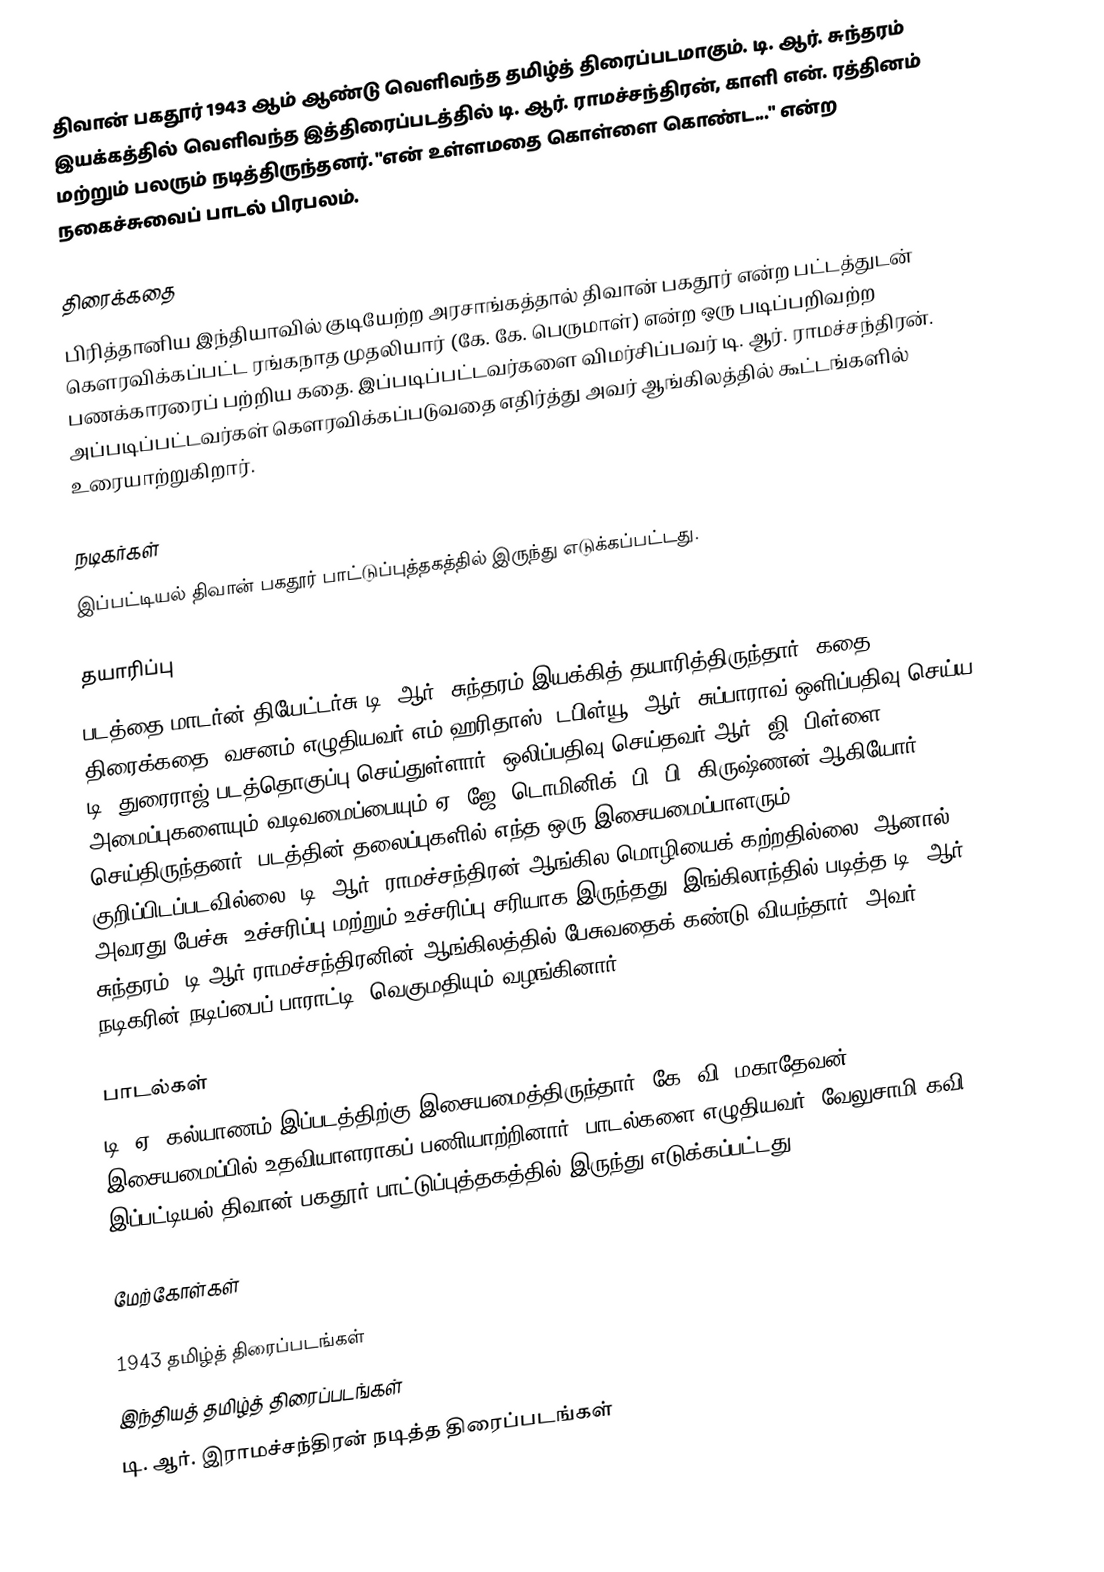
திவான் பகதூர் 1943 ஆம் ஆண்டு வெளிவந்த தமிழ்த் திரைப்படமாகும். டி. ஆர். சுந்தரம் இயக்கத்தில் வெளிவந்த இத்திரைப்படத்தில் டி. ஆர். ராமச்சந்திரன், காளி என். ரத்தினம் மற்றும் பலரும் நடித்திருந்தனர். "என் உள்ளமதை கொள்ளை கொண்ட..."  என்ற நகைச்சுவைப் பாடல் பிரபலம்.

திரைக்கதை
பிரித்தானிய இந்தியாவில் குடியேற்ற அரசாங்கத்தால் திவான் பகதூர் என்ற பட்டத்துடன் கௌரவிக்கப்பட்ட ரங்கநாத முதலியார் (கே. கே. பெருமாள்) என்ற ஒரு படிப்பறிவற்ற பணக்காரரைப் பற்றிய கதை. இப்படிப்பட்டவர்களை விமர்சிப்பவர் டி. ஆர். ராமச்சந்திரன். அப்படிப்பட்டவர்கள் கௌரவிக்கப்படுவதை எதிர்த்து அவர் ஆங்கிலத்தில் கூட்டங்களில் உரையாற்றுகிறார்.

நடிகர்கள்
இப்பட்டியல் திவான் பகதூர் பாட்டுப்புத்தகத்தில் இருந்து எடுக்கப்பட்டது.

தயாரிப்பு
படத்தை மாடர்ன் தியேட்டர்சு டி. ஆர். சுந்தரம் இயக்கித் தயாரித்திருந்தார். கதை, திரைக்கதை, வசனம் எழுதியவர் எம்.ஹரிதாஸ். டபிள்யூ. ஆர். சுப்பாராவ் ஒளிப்பதிவு செய்ய, டி. துரைராஜ் படத்தொகுப்பு செய்துள்ளார். ஒலிப்பதிவு செய்தவர் ஆர். ஜி. பிள்ளை. அமைப்புகளையும் வடிவமைப்பையும் ஏ. ஜே. டொமினிக், பி. பி. கிருஷ்ணன் ஆகியோர் செய்திருந்தனர். படத்தின் தலைப்புகளில் எந்த ஒரு இசையமைப்பாளரும் குறிப்பிடப்படவில்லை. டி. ஆர். ராமச்சந்திரன் ஆங்கில மொழியைக் கற்றதில்லை. ஆனால் அவரது பேச்சு, உச்சரிப்பு மற்றும் உச்சரிப்பு சரியாக இருந்தது. இங்கிலாந்தில் படித்த டி. ஆர். சுந்தரம், டி.ஆர்.ராமச்சந்திரனின் ஆங்கிலத்தில் பேசுவதைக் கண்டு வியந்தார். அவர் நடிகரின் நடிப்பைப் பாராட்டி, வெகுமதியும் வழங்கினார்.

பாடல்கள்
டி. ஏ. கல்யாணம் இப்படத்திற்கு இசையமைத்திருந்தார். கே. வி. மகாதேவன் இசையமைப்பில் உதவியாளராகப் பணியாற்றினார். பாடல்களை எழுதியவர்: வேலுசாமி கவி. இப்பட்டியல் திவான் பகதூர் பாட்டுப்புத்தகத்தில் இருந்து எடுக்கப்பட்டது.

மேற்கோள்கள்

1943 தமிழ்த் திரைப்படங்கள்
இந்தியத் தமிழ்த் திரைப்படங்கள்
டி. ஆர். இராமச்சந்திரன் நடித்த திரைப்படங்கள்